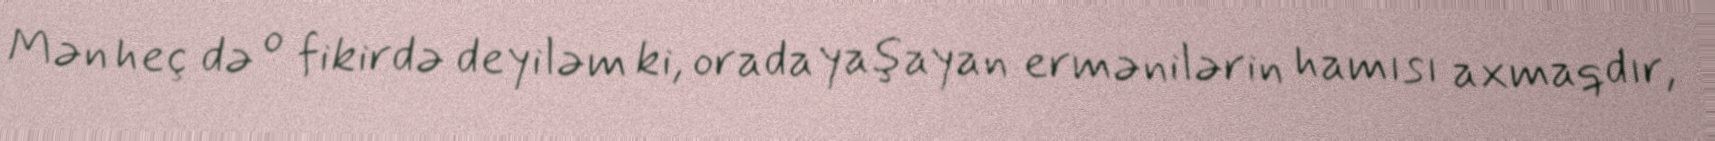
Mən heç də o fikirdə deyiləm ki, orada yaşayan ermənilərin hamısı axmaqdır,